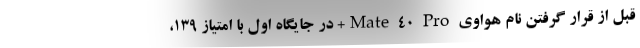
قبل از قرار گرفتن نام هواوی Mate 40 Pro+ در جایگاه اول با امتیاز ۱۳۹،